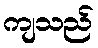
ကျသည်